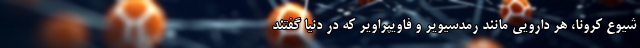
شیوع کرونا، هر دارویی مانند رمدسیویر و فاویپراویر که در دنیا گفتند